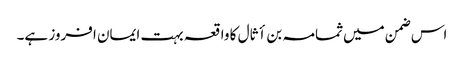
اس ضمن میں ثمامہ بن أثال کا واقعہ بہت ایمان افروز ہے۔